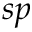
s p